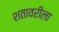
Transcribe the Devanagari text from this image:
शतावरीला